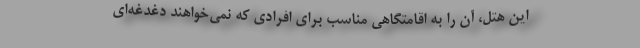
این هتل، آن را به اقامتگاهی مناسب برای افرادی که نمی‌خواهند دغدغه‌ای